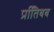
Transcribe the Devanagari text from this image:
प्रतििबब